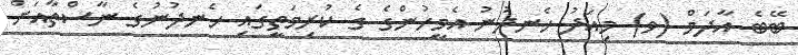
ބޭބެ އާދަމް (ވ) މިއަދު ހެނދުނު އެމީހުންގެ ގެ ކުރިމަތީގައި ހެނދުނުގެ ނާސްތާއަށް